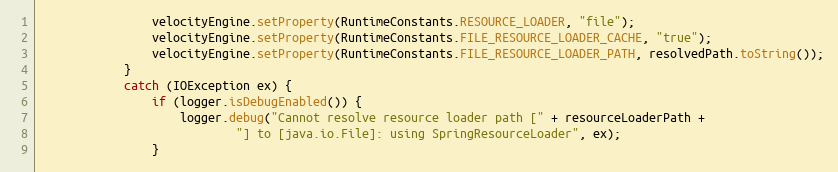
Language: Java
				velocityEngine.setProperty(RuntimeConstants.RESOURCE_LOADER, "file");
				velocityEngine.setProperty(RuntimeConstants.FILE_RESOURCE_LOADER_CACHE, "true");
				velocityEngine.setProperty(RuntimeConstants.FILE_RESOURCE_LOADER_PATH, resolvedPath.toString());
			}
			catch (IOException ex) {
				if (logger.isDebugEnabled()) {
					logger.debug("Cannot resolve resource loader path [" + resourceLoaderPath +
							"] to [java.io.File]: using SpringResourceLoader", ex);
				}